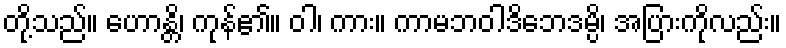
တို့သည်။ ဟောန္တိ၊ ကုန်၏။ ဝါ၊ ကား။ ကာမဘဝါဒိဘေဒမ္ပိ၊ အပြားကိုလည်း။